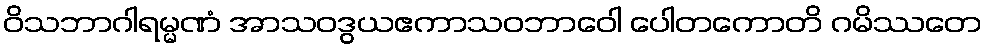
ဝိသဘာဂါရမ္မဏံ အာသဝဒွယဧကာသဝဘာဝေါ ပေါတကောတိ ဂမိဿတေ